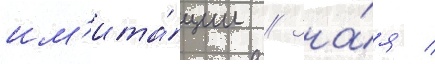
им'ита́ции // Зна́я /